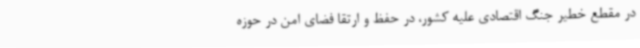
در مقطع خطیر جنگ اقتصادی علیه کشور، در حفظ و ارتقا فضای امن در حوزه